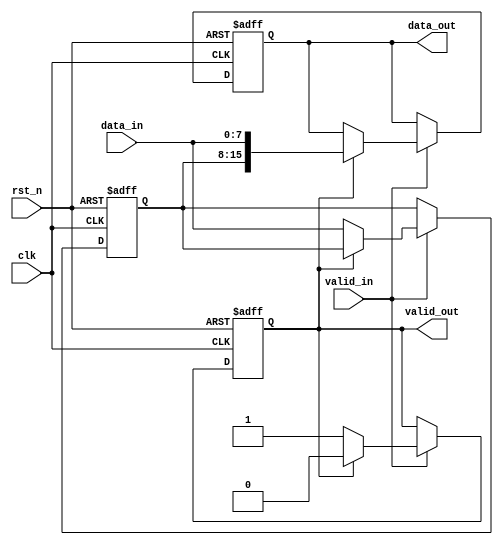
module width_8to16(
  input clk,
  input rst_n,
  input valid_in,
  input [7:0] data_in,
  output valid_out,
  output [15:0] data_out
);

  reg [7:0] data_lock;
  reg [15:0] data_out_reg;
  reg flag;

  always @(posedge clk or negedge rst_n) begin
    if (!rst_n) begin
      data_lock <= 8'b0;
      data_out_reg <= 16'b0;
      flag <= 1'b0;
    end
    else begin
      if (valid_in) begin
        if (!flag) begin
          data_lock <= data_in;
          flag <= 1'b1;
        end
        else begin
          data_out_reg <= {data_lock, data_in};
          flag <= 1'b0;
        end
      end
    end
  end

  assign valid_out = flag;
  assign data_out = data_out_reg;

endmodule